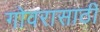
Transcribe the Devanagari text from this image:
गोवरासाठी